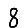
Digit: 8